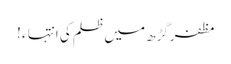
مظفرگڑھ میں ظلم کی انتہا ء !